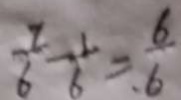
\frac { 7 } { 6 } - \frac { 1 } { 6 } = \frac { 6 } { 6 }